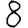
Digit: 8